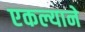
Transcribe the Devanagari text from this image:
एकल्याने